Vaccination in Bombay 1863-1868 - 1863-1868
Year: 1863
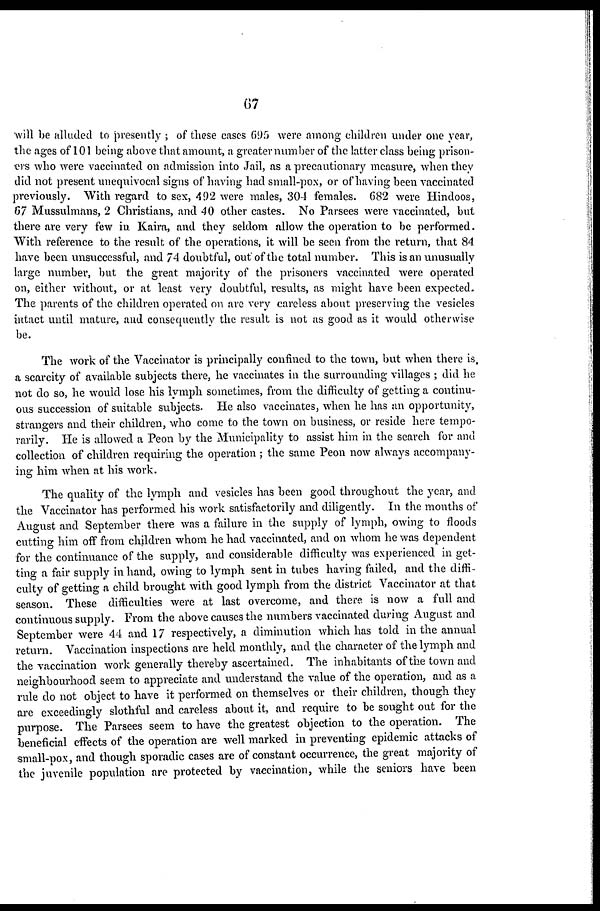
67
will be alluded to presently ; of these cases 695 were among children under one year,
the ages of 101 being above that amount, a greater number of the latter class being prison-
ers who were vaccinated on admission into Jail, as a precautionary measure, when they
did not present unequivocal signs of having had small-pox, or of having been vaccinated
previously. With regard to sex, 492 were males, 304 females. 682 were Hindoos,
67 Mussulmans, 2 Christians, and 40 other castes. No Parsees were vaccinated, but
there are very few in Kaira, and they seldom allow the operation to be performed.
With reference to the result of the operations, it will be seen from the return, that 84
have been unsuccessful, and 74 doubtful, out of the total number. This is an unusually
large number, but the great majority of the prisoners vaccinated were operated
on, either without, or at least very doubtful, results, as might have been expected.
The parents of the children operated on are very careless about preserving the vesicles
intact until mature, and consequently the result is not as good as it would otherwise
be.
The work of the Vaccinator is principally confined to the town, but when there is,
a scarcity of available subjects there, he vaccinates in the surrounding villages ; did he
not do so, he would lose his lymph sometimes, from the difficulty of getting a continu-
ous succession of suitable subjects. He also vaccinates, when he has an opportunity,
strangers and their children, who come to the town on business, or reside here tempo-
rarily. He is allowed a Peon by the Municipality to assist him in the search for and
collection of children requiring the operation ; the same Peon now always accompany-
ing him when at his work.
The quality of the lymph and vesicles has been good throughout the year, and
the Vaccinator has performed his work satisfactorily and diligently. In the months of
August and September there was a failure in the supply of lymph, owing to floods
cutting him off from children whom he had vaccinated, and on whom he was dependent
for the continuance of the supply, and considerable difficulty was experienced in get-
ting a fair supply in hand, owing to lymph sent in tubes having failed, and the diffi-
culty of getting a child brought with good lymph from the district Vaccinator at that
season. These difficulties were at last overcome, and there is now a full and
continuous supply. From the above causes the numbers vaccinated during August and
September were 44 and 17 respectively, a diminution which has told in the annual
return. Vaccination inspections are held monthly, and the character of the lymph and
the vaccination work generally thereby ascertained. The inhabitants of the town and
neighbourhood seem to appreciate and understand the value of the operation, and as a
rule do not object to have it performed on themselves or their children, though they
are exceedingly slothful and careless about it, and require to be sought out for the
purpose. The Parsees seem to have the greatest objection to the operation. The
beneficial effects of the operation are well marked in preventing epidemic attacks of
small-pox, and though sporadic cases are of constant occurrence, the great majority of
the juvenile population are protected by vaccination, while the seniors have been